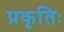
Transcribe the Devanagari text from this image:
प्रकृतिः